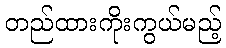
တည်ထားကိုးကွယ်မည့်